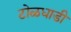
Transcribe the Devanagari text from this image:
टोळधाडी